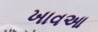
ખાવઆ